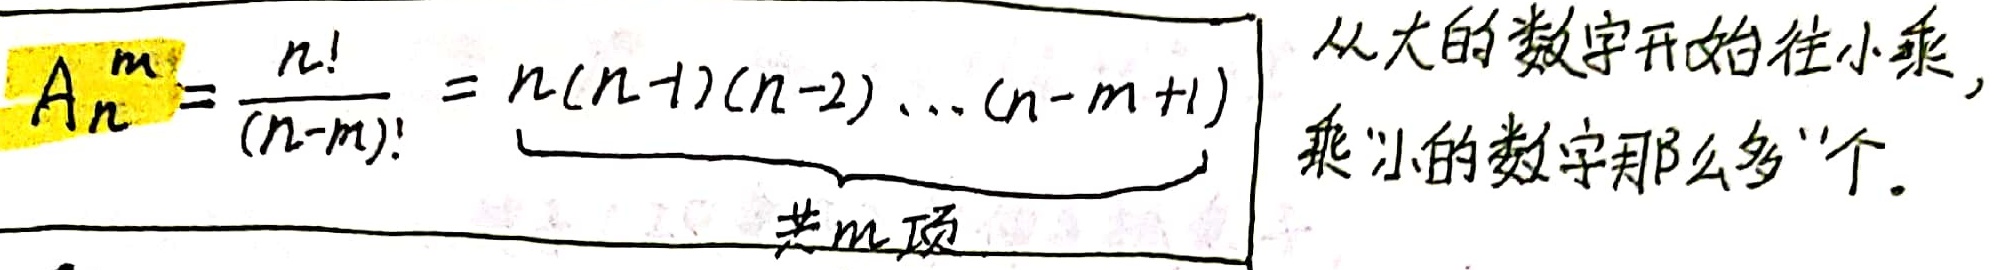
\[A_{n}^{m}=\frac{n!}{(n - m)!}=\underbrace{n(n - 1)(n - 2)\cdots(n - m + 1)}_{共m项}\]
从大的数字开始往小乘，乘“小的数字那么多”个。